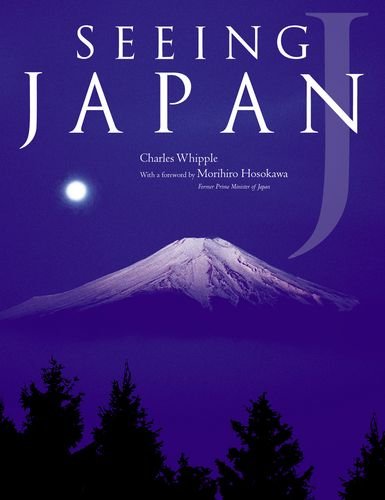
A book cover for Seeing Japan; Charles Whipple; Travel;